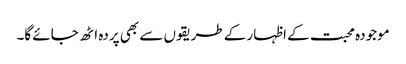
موجودہ محبت کے اظہار کے طریقوں سے بھی پردہ اٹھ جائے گا۔